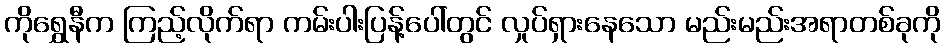
ကိုရွှေနီက ကြည့်လိုက်ရာ ကမ်းပါးပြန့်ပေါ်တွင် လှုပ်ရှားနေသော မည်းမည်းအရာတစ်ခုကို